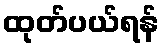
ထုတ်ပယ်ရန်